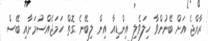
ރާއްޖެ އަށް ބޭނުންވާ ހިލަވެލި އިންޑިއާ އިން ލިބޭނެ ގޮތް ހަމަޖެއްސުމަށާއި ބޭސް